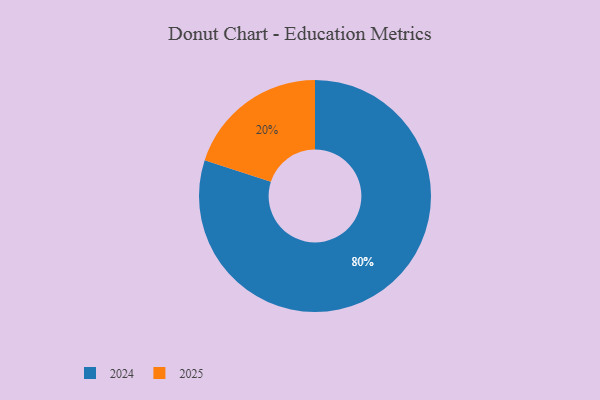
{"axis": {"x": "Category", "y": "Percentage"}, "legend": ["2024", "2025"], "data": [{"x": "2024", "y": 80, "type": "2024"}, {"x": "2025", "y": 20, "type": "2025"}]}